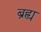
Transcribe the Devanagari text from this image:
ब्रह्य